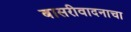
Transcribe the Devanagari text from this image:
बासरीवादनाचा